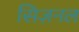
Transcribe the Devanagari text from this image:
सिज़नल